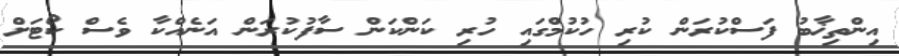
އިންތިޚާބު ފަސްކުރަން ކުރި ހުކުމްގައި ހުރި ކަންކަން ސާފުކުރަން އަނެއްކާ ވެސް ކޯޓަށް